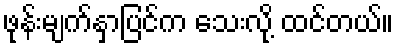
ဖုန်းမျက်နှာပြင်က သေးလို့ ထင်တယ်။